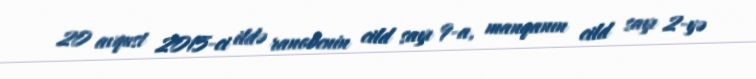
20 avqust 2015-ci ildə ranobenin cild sayı 9-a, manqanın cild sayı 2-yə